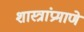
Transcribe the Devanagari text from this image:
शास्त्रांप्रमाणे